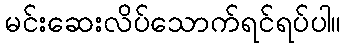
မင်းဆေးလိပ်သောက်ရင်ရပ်ပါ။